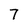
Character: 7